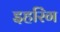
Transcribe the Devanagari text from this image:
इहरिंग